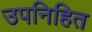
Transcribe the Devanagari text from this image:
उपनिहित